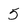
Character: 5